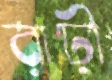
রাঢ়ী